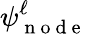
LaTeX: \psi_{\mathrm{~n~o~d~e~}}^{\ell}